Indian journal of veterinary science and animal husbandry - Volumes 15-17, 1948-1951
Year: 1948
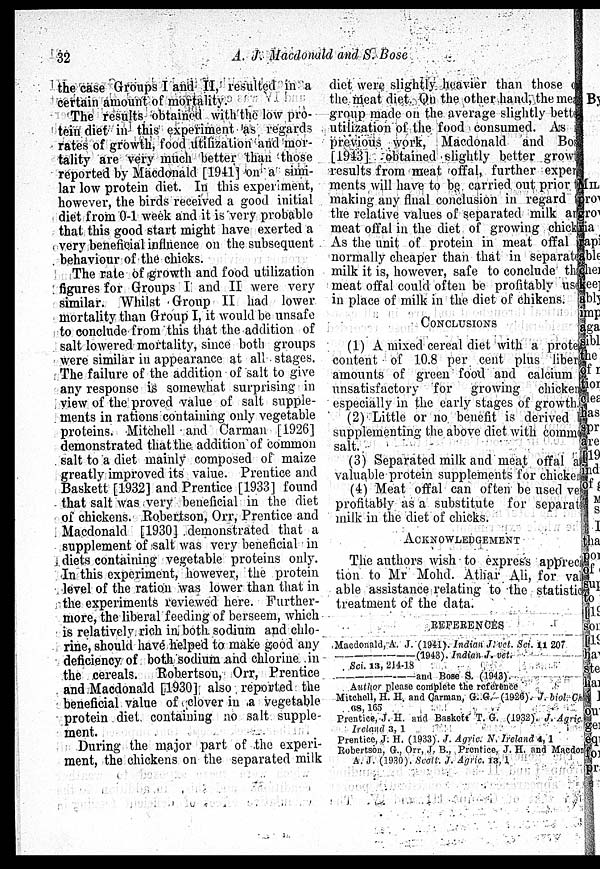
32
A. J. Macdonald and S. Bose
the case Groups I and II, resulted in a
certain amount of mortality.
The results obtained with the low pro-
tein diet in this experiment as regards
rates of growth, food utilization and mor-
tality are very much better than those
reported by Macdonald [1941] on a simi-
lar low protein diet. In this experiment,
however, the birds received a good initial
diet from 0-1 week and it is very probable
that this good start might have exerted a
very beneficial influence on the subsequent
behaviour of the chicks.
The rate of growth and food utilization
figures for Groups I and II were very
similar. Whilst Group II had lower
mortality than Group I, it would be unsafe
to conclude from this that the addition of
salt lowered mortality, since both groups
were similar in appearance at all stages.
The failure of the addition of salt to give
any response is somewhat surprising in
view of the proved value of salt supple-
ments in rations containing only vegetable
proteins. Mitchell and Carman [1926]
demonstrated that the addition of common
salt to a diet mainly composed of maize
greatly improved its value. Prentice and
Baskett [1932] and Prentice [1933] found
that salt was very beneficial in the diet
of chickens. Robertson, Orr, Prentice and
Macdonald [1930] demonstrated that a
supplement of salt was very beneficial in
diets containing vegetable proteins only.
In this experiment, however, the protein
level of the ration was lower than that in
the experiments reviewed here. Further-
more, the liberal feeding of berseem, which
is relatively rich in both sodium and chlo-
rine, should have helped to make good any
deficiency of both sodium and chlorine in
the cereals. Robertson, Orr, Prentice
and Macdonald [1930] also reported the
beneficial value of clover in a vegetable
protein diet containing no salt supple-
ment.
During the major part of the experi-
ment, the chickens on the separated milk
diet were slightly heavier than those of
the meat diet. On the other hand, the mea
group made on the average slightly better
utilization of the food consumed. As it
previous work, Macdonald and Bose
[1943] obtained slightly better growth
results from meat offal, further exper
ments will have to be carried out prior to
making any final conclusion in regard to
the relative values of separated milk and
meat offal in the diet of growing chick
As the unit of protein in meat offal
normally cheaper than that in separate
milk it is, however, safe to conclude that
meat offal could often be profitably use
in place of milk in the diet of chikens.
CONCLUSIONS
(1) A mixed cereal diet with a protein
content of 10.8 per cent plus liberal
amounts of green food and calcium
unsatisfactory for growing chicken
especially in the early stages of growth.
(2) Little or no benefit is derived
supplementing the above diet with commo
salt.
(3) Separated milk and meat offal a
valuable protein supplements for chicken
(4) Meat offal can often be used ve
profitably as a substitute for separate
milk in the diet of chicks.
ACKNOWLEDGEMENT
The authors wish to express apprecia
tion to Mr Mohd. Athar Ali, for valu
able assistance relating to the statistic
treatment of the data.
REFERENCES
Macdonald, A. J. (1941). Indian J. vet. Sci. 11 207
—(1943).
Indian J. vet.
Sci. 13, 214.-18
—and
Bose S. (1943).
Author please complete the reference
Mitchell, H. H. and Garman, G. G. (1926). J. biol Ch
68, 165
Prentice, J. H. and Baskoft T. G. (1932). J. Agric
Ireland 3, 1
Prentice, J. H. (1933). J. Agric. N. Ireland 4, 1
Robertson, G., Orr, J. B., Prentice, J. H. and Macdonald
A. J. (1930). Scott. J. Agric. 13, 1